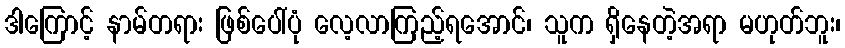
ဒါကြောင့် နာမ်တရား ဖြစ်ပေါ်ပုံ လေ့လာကြည့်ရအောင်၊ သူက ရှိနေတဲ့အရာ မဟုတ်ဘူး၊